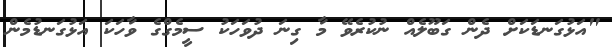
"އަޅުގަނޑަކަށް ދެން ގަބޫލެއް ނުކުރެވޭ މާ ގިނަ ދުވަހަކު ސީމެގްގެ ވާހަކަ އަޅުގަނޑުމެން